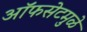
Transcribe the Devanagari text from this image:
ऑफसेटमुळे